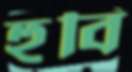
হুবি